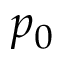
p _ { 0 }